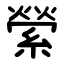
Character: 縈